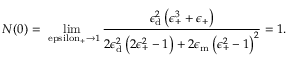
N ( 0 ) = \operatorname* { l i m } _ { \mathrm { \ e p s i l o n _ { \mathrm { + } } \rightarrow 1 } } \frac { \epsilon _ { \mathrm { { d } } } ^ { 2 } \left( \epsilon _ { \mathrm { + } } ^ { 3 } + \epsilon _ { \mathrm { + } } \right) } { 2 \epsilon _ { \mathrm { { d } } } ^ { 2 } \left( 2 \epsilon _ { \mathrm { + } } ^ { 2 } - 1 \right) + 2 \epsilon _ { \mathrm { { m } } } \left( \epsilon _ { \mathrm { + } } ^ { 2 } - 1 \right) ^ { 2 } } = 1 .